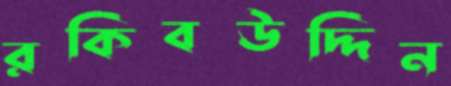
রকিবউদ্দিন